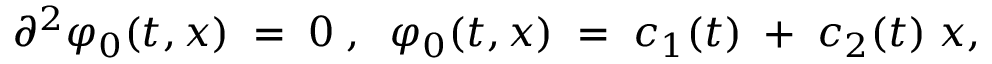
{ \partial } ^ { 2 } { \varphi } _ { 0 } ( t , x ) \; = \; 0 \; , \; \; \varphi _ { 0 } ( t , x ) \; = \; c _ { 1 } ( t ) \; + \; c _ { 2 } ( t ) \; x ,